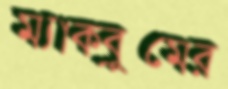
ম্যাকব্রুমের